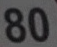
80